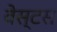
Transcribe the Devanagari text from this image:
वेस्टस